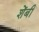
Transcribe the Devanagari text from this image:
शेंबी